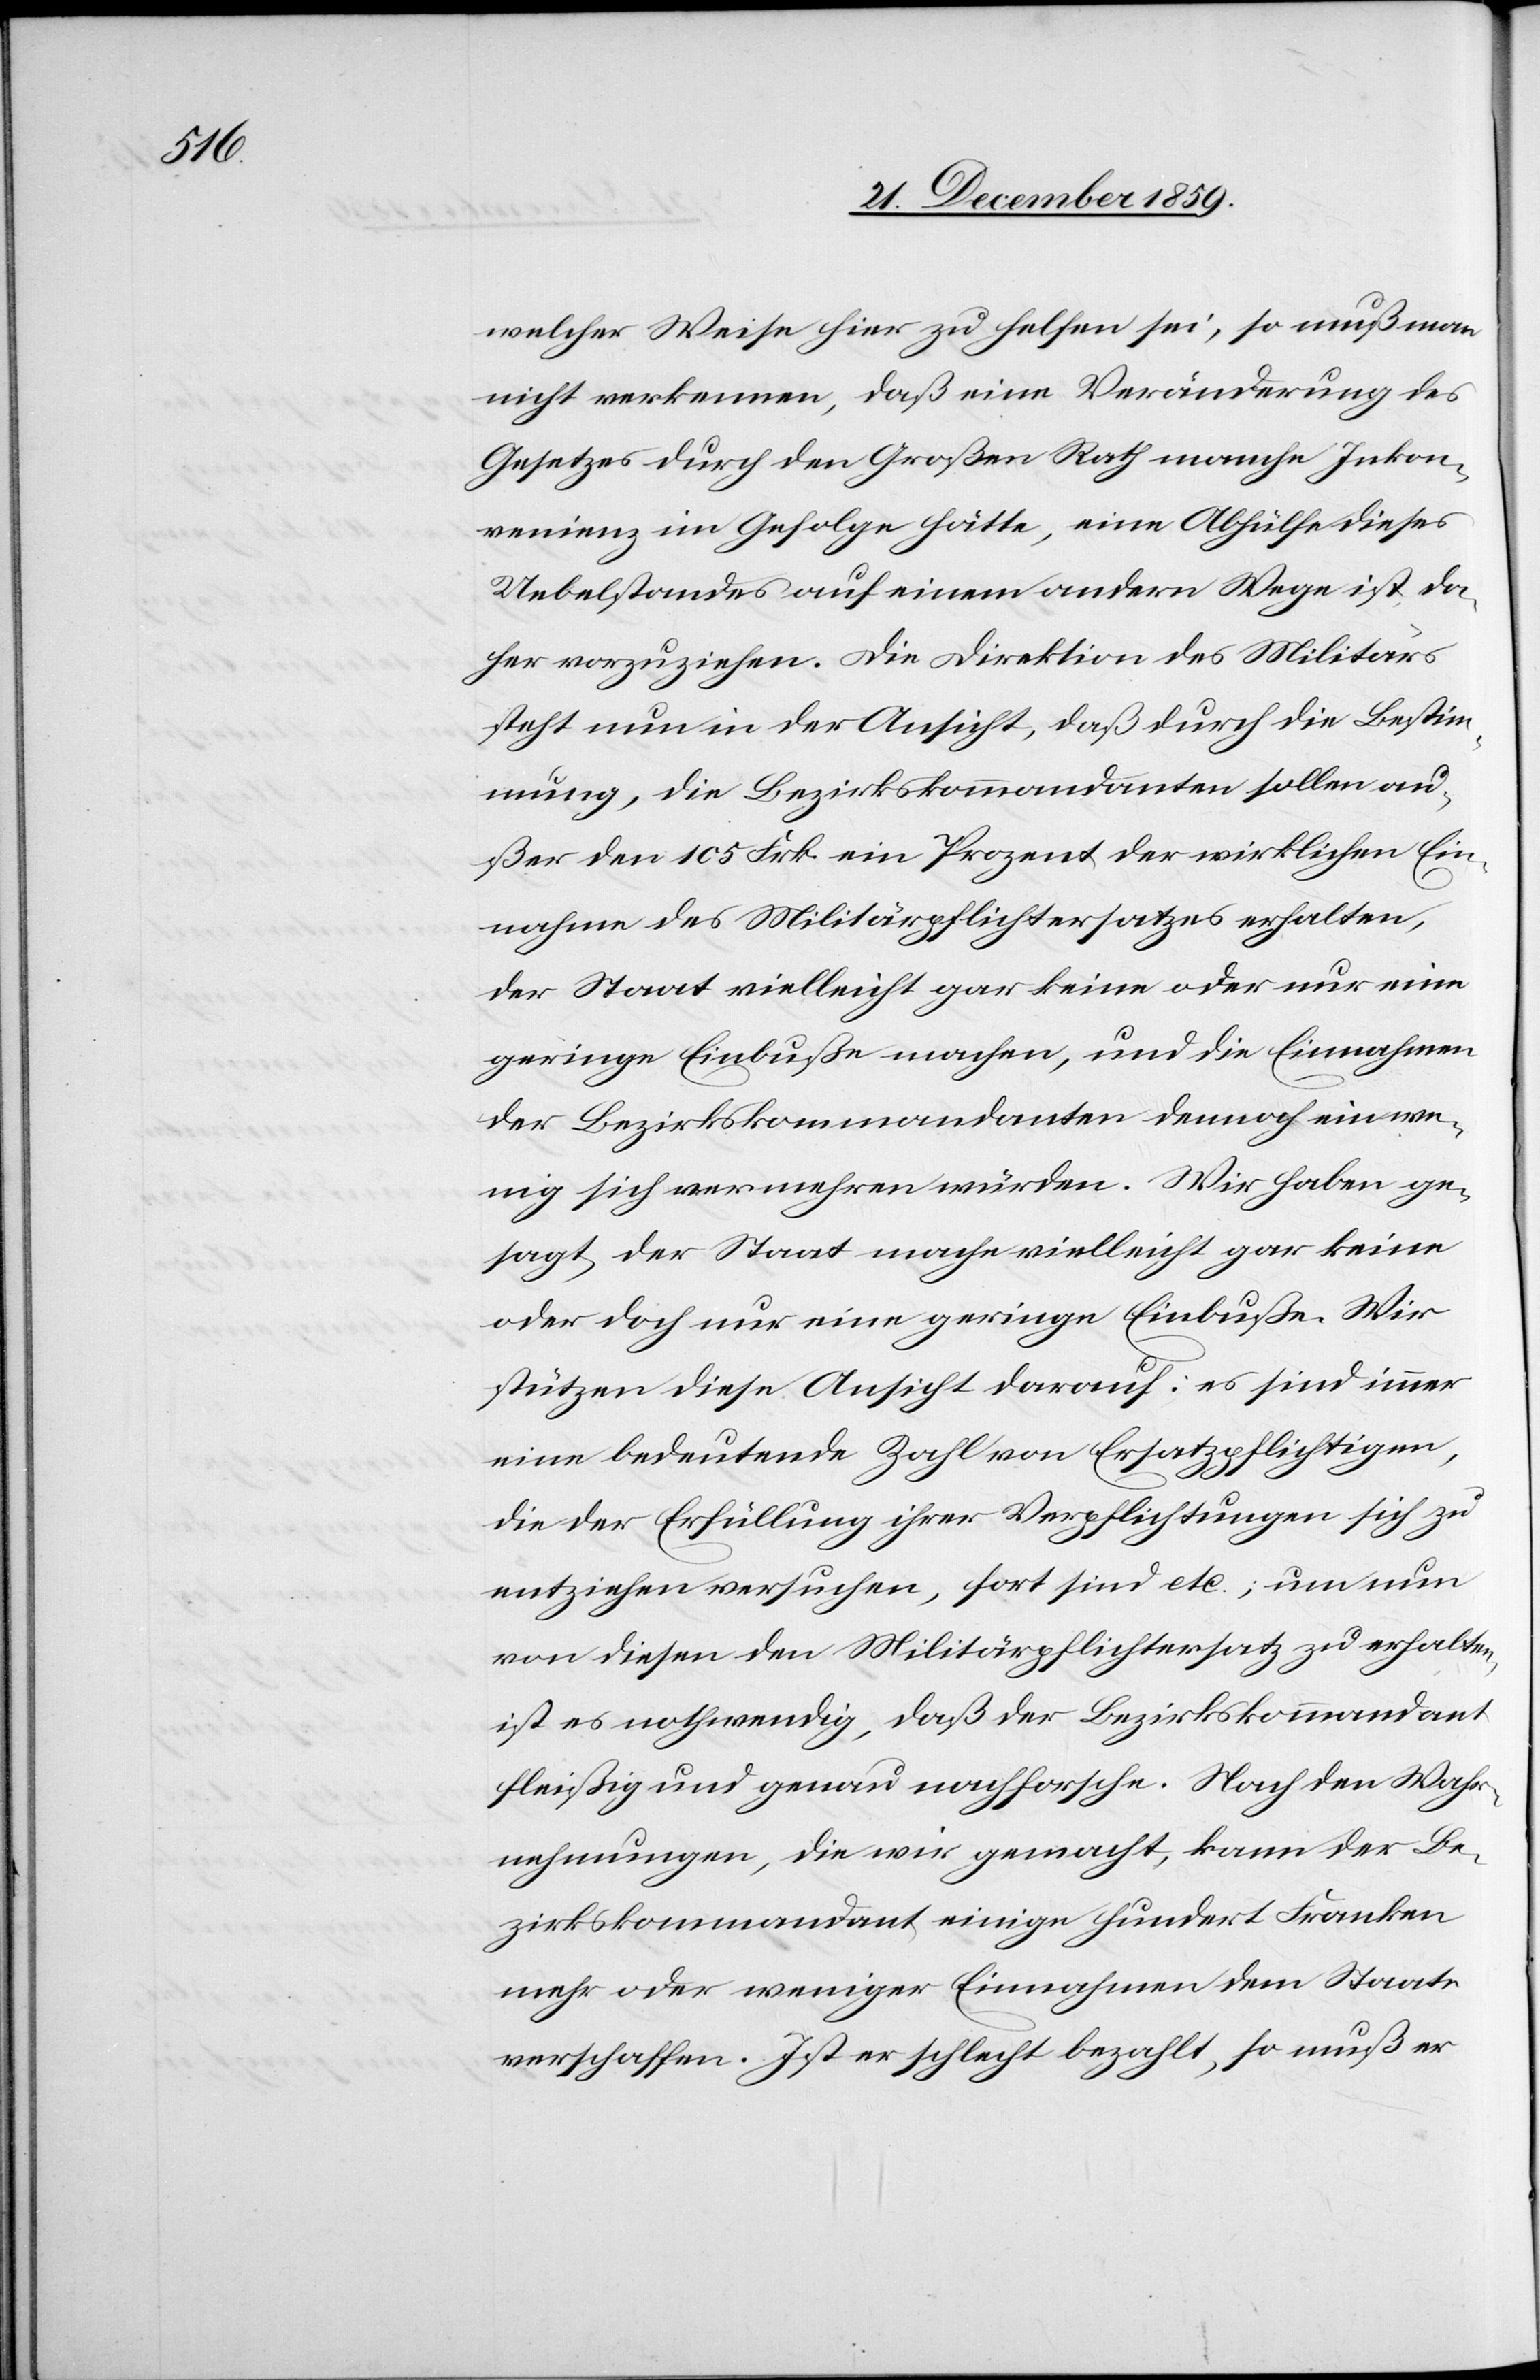
welcher Weise hier zu helfen sei, so muß man
nicht verkennen, daß eine Veränderung des
Gesetzes durch den Großen Rath manche Inkon¬
venienz im Gefolge hätte, eine Abhülfe dieses
Uebelstandes auf einem andern Wege ist da¬
her vorzuziehen. Die Direktion des Militärs
steht nun in der Ansicht, daß durch die Bestim¬
mung, die Bezirkskommandanten sollen au¬
ßer den 105 Frk. ein Prozent der wirklichen Ein¬
nahme des Militärpflichtersatzes erhalten,
der Staat vielleicht gar keine oder nur eine
geringe Einbuße machen, und die Einnahmen
der Bezirkskommandanten demnach ein we¬
nig sich vermehren würden. Wir haben ge¬
sagt, der Staat mache vielleicht gar keine
oder doch nur eine geringe Einbuße. Wir
stützen diese Ansicht darauf: es sind immer
eine bedeutende Zahl von Ersatzpflichtigen,
die der Erfüllung ihrer Verpflichtung sich zu
entziehen versuchen, fort sind etc.; um nun
von diesen den Militärpflichtersatz zu erhalten,
ist es nothwendig, daß der Bezirkskommandant
fleißig und genau nachforsche. Nach den Wahr¬
nehmungen, die wir gemacht, kann der Be¬
zirkskommandant einige hundert Franken
mehr oder weniger Einnahmen dem Staate
verschaffen. Ist er schlecht bezahlt, so muß er